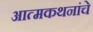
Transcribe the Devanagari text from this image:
आत्मकथनांचे